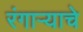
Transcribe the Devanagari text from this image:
रंगाऱ्याचे